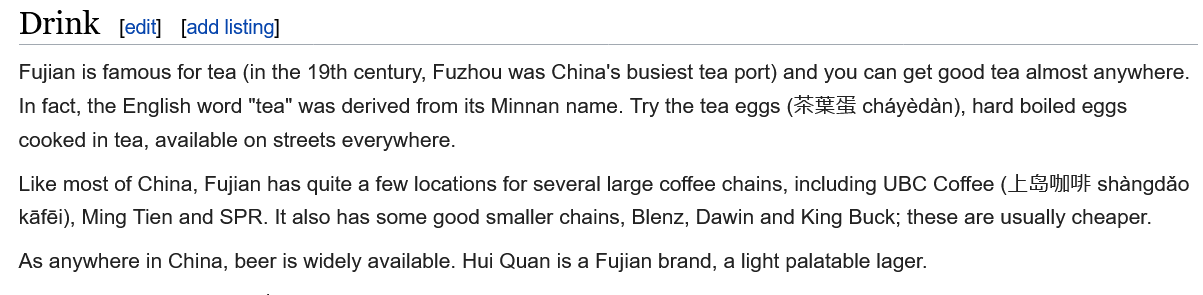
Drink    [edit] [add listing]
  Fujian is famous for tea (in the 19th century, Fuzhou was China's busiest tea port) and you can get good tea almost anywhere.
  In fact, the English word "tea" was derived from its Minnan name. Try the tea eggs (2R2£45 chayédan), hard boiled eggs
  cooked in tea, available on streets everywhere.
  Like most of China, Fujian has quite a few locations for several large coffee chains, including UBC Coffee (ES3qhI§F shangdao
  kaféi), Ming Tien and SPR. It also has some good smaller chains, Blenz, Dawin and King Buck; these are usually cheaper.
  As anywhere in China, beer is widely available. Hui Quan is a Fujian brand, a light palatable lager.